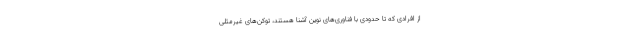
از افرادی که تا حدودی با فناوری‌های نوین آشنا هستند، توکن‌های غیرمثلی